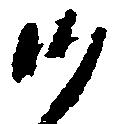
沙